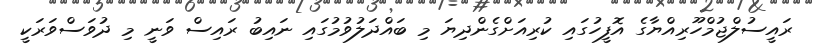
ރައީސުލްޖުމްހޫރިއްޔާގެ އޮފީހުގައި ކުރިއަށްގެންދިޔަ މި ބައްދަލުވުމުގައި ނައިބު ރައިސް ވަނީ މި ދުވަސްވަރަކީ